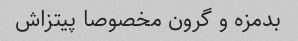
بدمزه و گرون مخصوصا پیتزاش